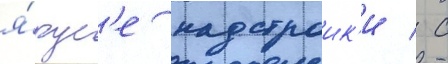
я́рус'е надстроик'и / с